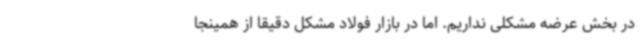
در بخش عرضه مشکلی نداریم. اما در بازار فولاد مشکل دقیقا از همینجا